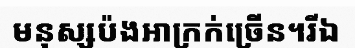
មនុស្សប៉ងអាក្រក់ច្រើន។រីឯ